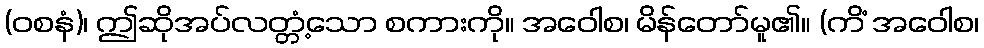
(ဝစနံ)၊ ဤဆိုအပ်လတ္တံ့သော စကားကို။ အဝေါစ၊ မိန်တော်မူ၏။ (ကိံ အဝေါစ၊